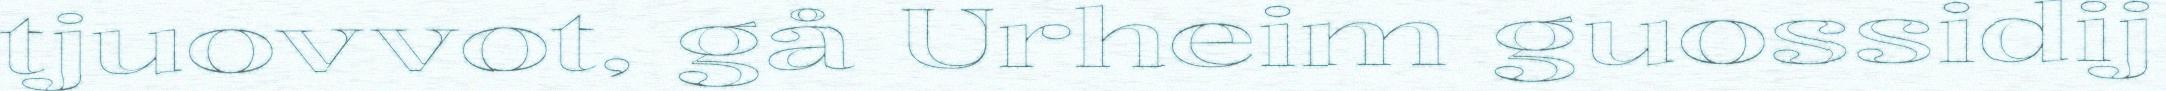
tjuovvot, gå Urheim guossidij